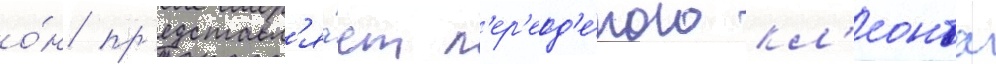
о́н пр'едставл'я́ет п'ер'еод'е́того кл'еонта